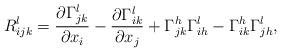
LaTeX: \begin{align*} R^{l}_{ijk} = \frac{\partial \Gamma^{l}_{jk}}{\partial x_i} - \frac{\partial \Gamma^{l}_{ik}}{\partial x_j} + \Gamma^{h}_{jk} \Gamma^{l}_{ih} - \Gamma^{h}_{ik} \Gamma^{l}_{jh},\end{align*}